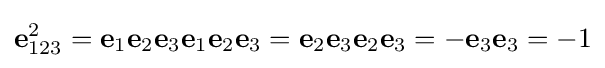
\mathbf {e} _{123}^{2}=\mathbf {e} _{1}\mathbf {e} _{2}\mathbf {e} _{3}\mathbf {e} _{1}\mathbf {e} _{2}\mathbf {e} _{3}=\mathbf {e} _{2}\mathbf {e} _{3}\mathbf {e} _{2}\mathbf {e} _{3}=-\mathbf {e} _{3}\mathbf {e} _{3}=-1